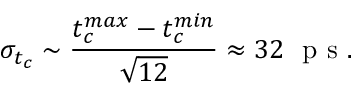
\sigma _ { t _ { c } } \sim \frac { t _ { c } ^ { m a x } - t _ { c } ^ { m i n } } { \sqrt { 1 2 } } \approx 3 2 ~ \mathrm { ~ p ~ s ~ } .